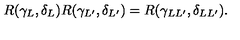
R ( \gamma _ { L } , \delta _ { L } ) R ( \gamma _ { L ^ { \prime } } , \delta _ { L ^ { \prime } } ) = R ( \gamma _ { L L ^ { \prime } } , \delta _ { L L ^ { \prime } } ) .